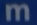
m